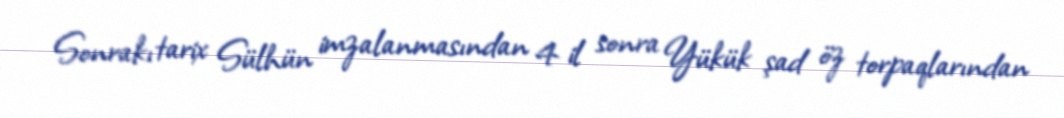
Sonrakı tarix Sülhün imzalanmasından 4 il sonra Yükük şad öz torpaqlarından